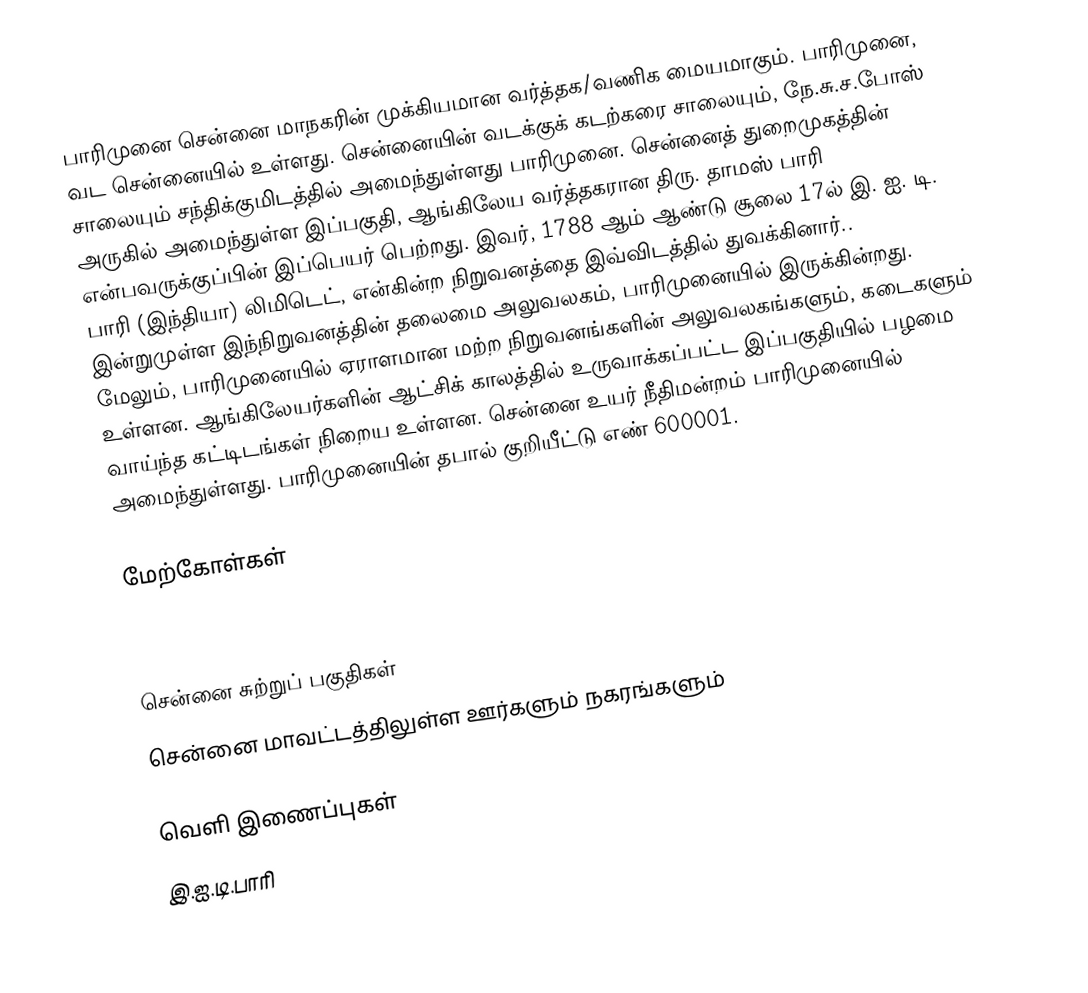
பாரிமுனை சென்னை மாநகரின் முக்கியமான வர்த்தக/வணிக மையமாகும். பாரிமுனை, வட சென்னையில் உள்ளது. சென்னையின் வடக்குக் கடற்கரை சாலையும், நே.சு.ச.போஸ் சாலையும் சந்திக்குமிடத்தில் அமைந்துள்ளது பாரிமுனை. சென்னைத் துறைமுகத்தின் அருகில் அமைந்துள்ள இப்பகுதி, ஆங்கிலேய வர்த்தகரான திரு. தாமஸ் பாரி என்பவருக்குப்பின் இப்பெயர் பெற்றது. இவர், 1788 ஆம் ஆண்டு சூலை 17ல் இ. ஐ. டி. பாரி (இந்தியா) லிமிடெட், என்கின்ற நிறுவனத்தை இவ்விடத்தில் துவக்கினார்.. இன்றுமுள்ள இந்நிறுவனத்தின் தலைமை அலுவலகம், பாரிமுனையில் இருக்கின்றது. மேலும், பாரிமுனையில் ஏராளமான மற்ற நிறுவனங்களின் அலுவலகங்களும், கடைகளும் உள்ளன. ஆங்கிலேயர்களின் ஆட்சிக் காலத்தில் உருவாக்கப்பட்ட இப்பகுதியில் பழமை வாய்ந்த கட்டிடங்கள் நிறைய உள்ளன. சென்னை உயர் நீதிமன்றம் பாரிமுனையில் அமைந்துள்ளது. பாரிமுனையின் தபால் குறியீட்டு எண் 600001.

மேற்கோள்கள்



சென்னை சுற்றுப் பகுதிகள்
சென்னை மாவட்டத்திலுள்ள ஊர்களும் நகரங்களும்

வெளி இணைப்புகள்
இ.ஐ.டி.பாரி